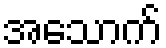
အသောက်